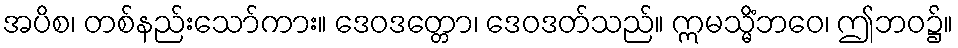
အပိစ၊ တစ်နည်းသော်ကား။ ဒေဝဒတ္တော၊ ဒေဝဒတ်သည်။ ဣမသ္မိံဘဝေ၊ ဤဘဝ၌။